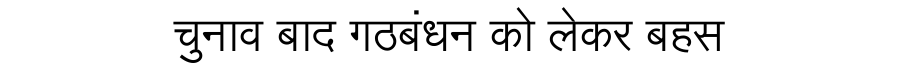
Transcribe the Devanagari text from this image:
चुनाव बाद गठबंधन को लेकर बहस